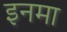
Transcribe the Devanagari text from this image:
इनमा